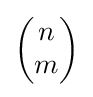
{\begin{pmatrix}n\\m\end{pmatrix}}